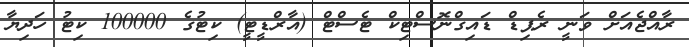
ރާއްޖެއަށް ވަނީ ރެޕިޑް ޑައިގްނޮސްޓިކް ޓެސްޓް (އާރްޑީޓީ) ކިޓުގެ 100000 ކިޓު ހަދިޔާ